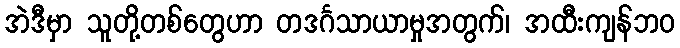
အဲဒီမှာ သူတို့တစ်တွေဟာ တဒင်္ဂသာယာမှုအတွက်၊ အထီးကျန်ဘဝ